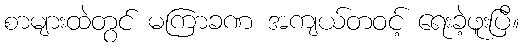
စာများထဲတွင် မကြာခဏ အကျယ်တဝင့် ရေးခဲ့ဖူးပြီ။